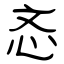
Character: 忞